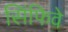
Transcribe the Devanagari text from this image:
सिंफिवे